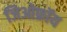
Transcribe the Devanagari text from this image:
जिओफ्रॉय